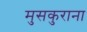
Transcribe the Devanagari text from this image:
मुसकुराना